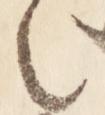
言